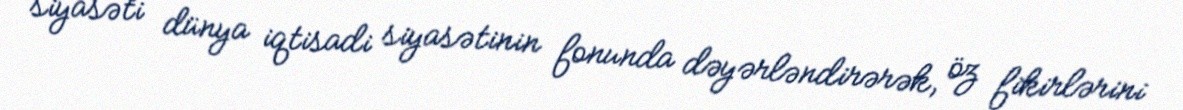
siyasəti dünya iqtisadi siyasətinin fonunda dəyərləndirərək, öz fikirlərini